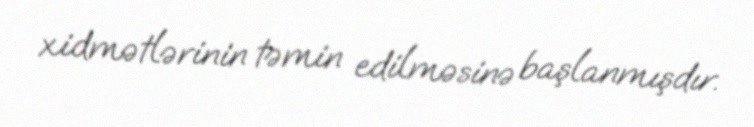
xidmətlərinin təmin edilməsinə başlanmışdır.